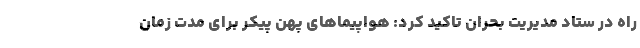
راه در ستاد مدیریت بحران تاکید کرد: هواپیماهای پهن پیکر برای مدت زمان